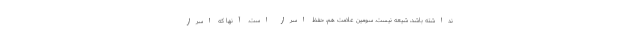
نداشته باشد، شیعه نیست. سومین علامت هم، حفظ اسرار است. آنها که اسرار